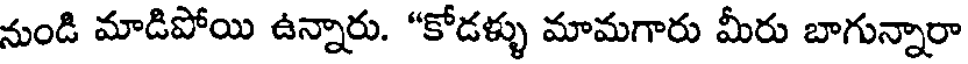
నుండి మాడిపోయి ఉన్నారు. "కోడళ్ళు మామగారు మీరు బాగున్నారా